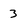
Character: 3